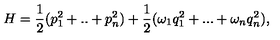
H = \frac { 1 } { 2 } ( p _ { 1 } ^ { 2 } + . . + p _ { n } ^ { 2 } ) + \frac { 1 } { 2 } ( \omega _ { 1 } q _ { 1 } ^ { 2 } + . . . + \omega _ { n } q _ { n } ^ { 2 } ) ,